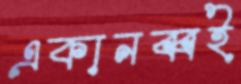
একানব্বই